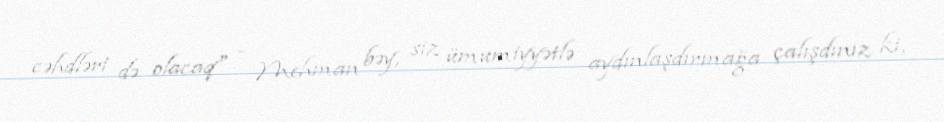
cəhdləri də olacaq" - Mehman bəy, siz ümumiyyətlə aydınlaşdırmağa çalışdınız ki,